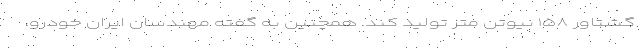
گشتاور ۱۵۸ نیوتن متر تولید کند. همچنین به گفته مهندسان ایران خودرو،